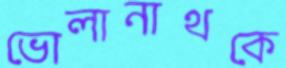
ভোলানাথকে